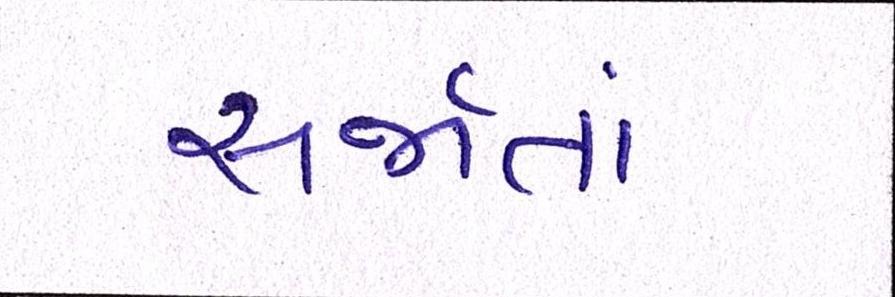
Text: સર્જાતાં